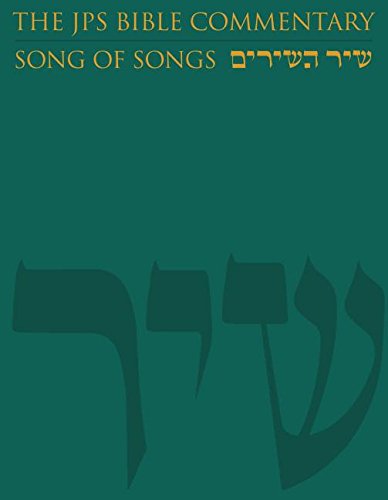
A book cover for The JPS Bible Commentary: Song of Songs; Michael Fishbane PhD; Christian Books & Bibles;